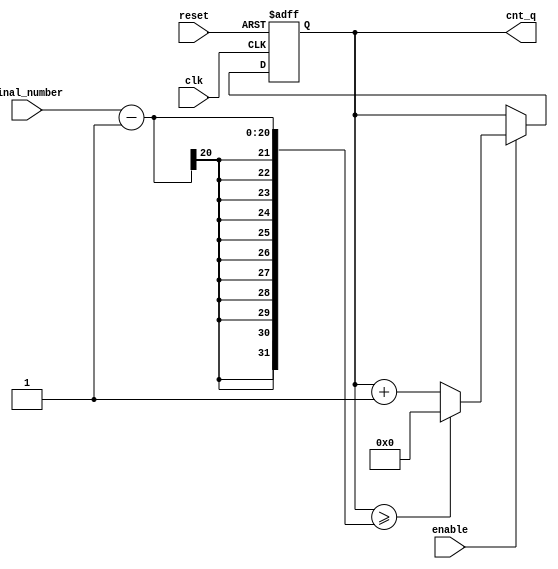
//================================================================================================
//====================  counter module  ==============================
//  Developer: YI
//  description : enable for count , disable for stall
//      reset for initial . every cycle count 1 .
//      count end number is defined by final_number .
//================================================================================================
`timescale 1ns/100ps
module count_yi_v3 #(
    parameter BITS_OF_END_NUMBER = 20
)(
    clk,
    reset , 
    enable , 
	final_number,
    cnt_q	
);
input 	clk ;
input 	reset ;
input 	enable ;
input		[   BITS_OF_END_NUMBER -1 : 0] 	final_number ;
output reg	[   BITS_OF_END_NUMBER -1 : 0]  cnt_q ;

always@( posedge clk or posedge reset )begin
    if ( reset )begin
        cnt_q<= 'd0; 
    end else begin
		if ( enable )begin
			if( cnt_q >= final_number-1 )begin
				cnt_q<= 'd0 ;
			end 
			else begin
				cnt_q<= cnt_q + 'd1 ;
			end
		end 
		else begin
			cnt_q <= cnt_q ;
			end

    end
end 

endmodule